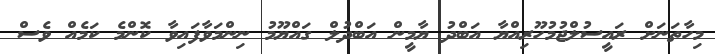
މިހާތަނަށް ރައީސުލްޖުމުހޫރިއްޔާ އަބްދު ޔާމީން އަބްދުލް ގައްޔޫމު ނިންމަވާފައިވާ ކޮންމެ ކަމެއް ވެސް